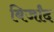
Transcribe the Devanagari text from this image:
बिर्जांद